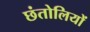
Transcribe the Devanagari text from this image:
छंतोलियों